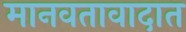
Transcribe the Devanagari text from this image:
मानवतावादात